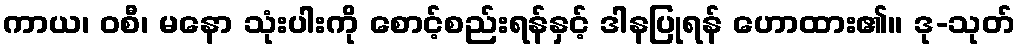
ကာယ၊ ဝစီ၊ မနော သုံးပါးကို စောင့်စည်းရန်နှင့် ဒါနပြုရန် ဟောထား၏။ ဒု-သုတ်